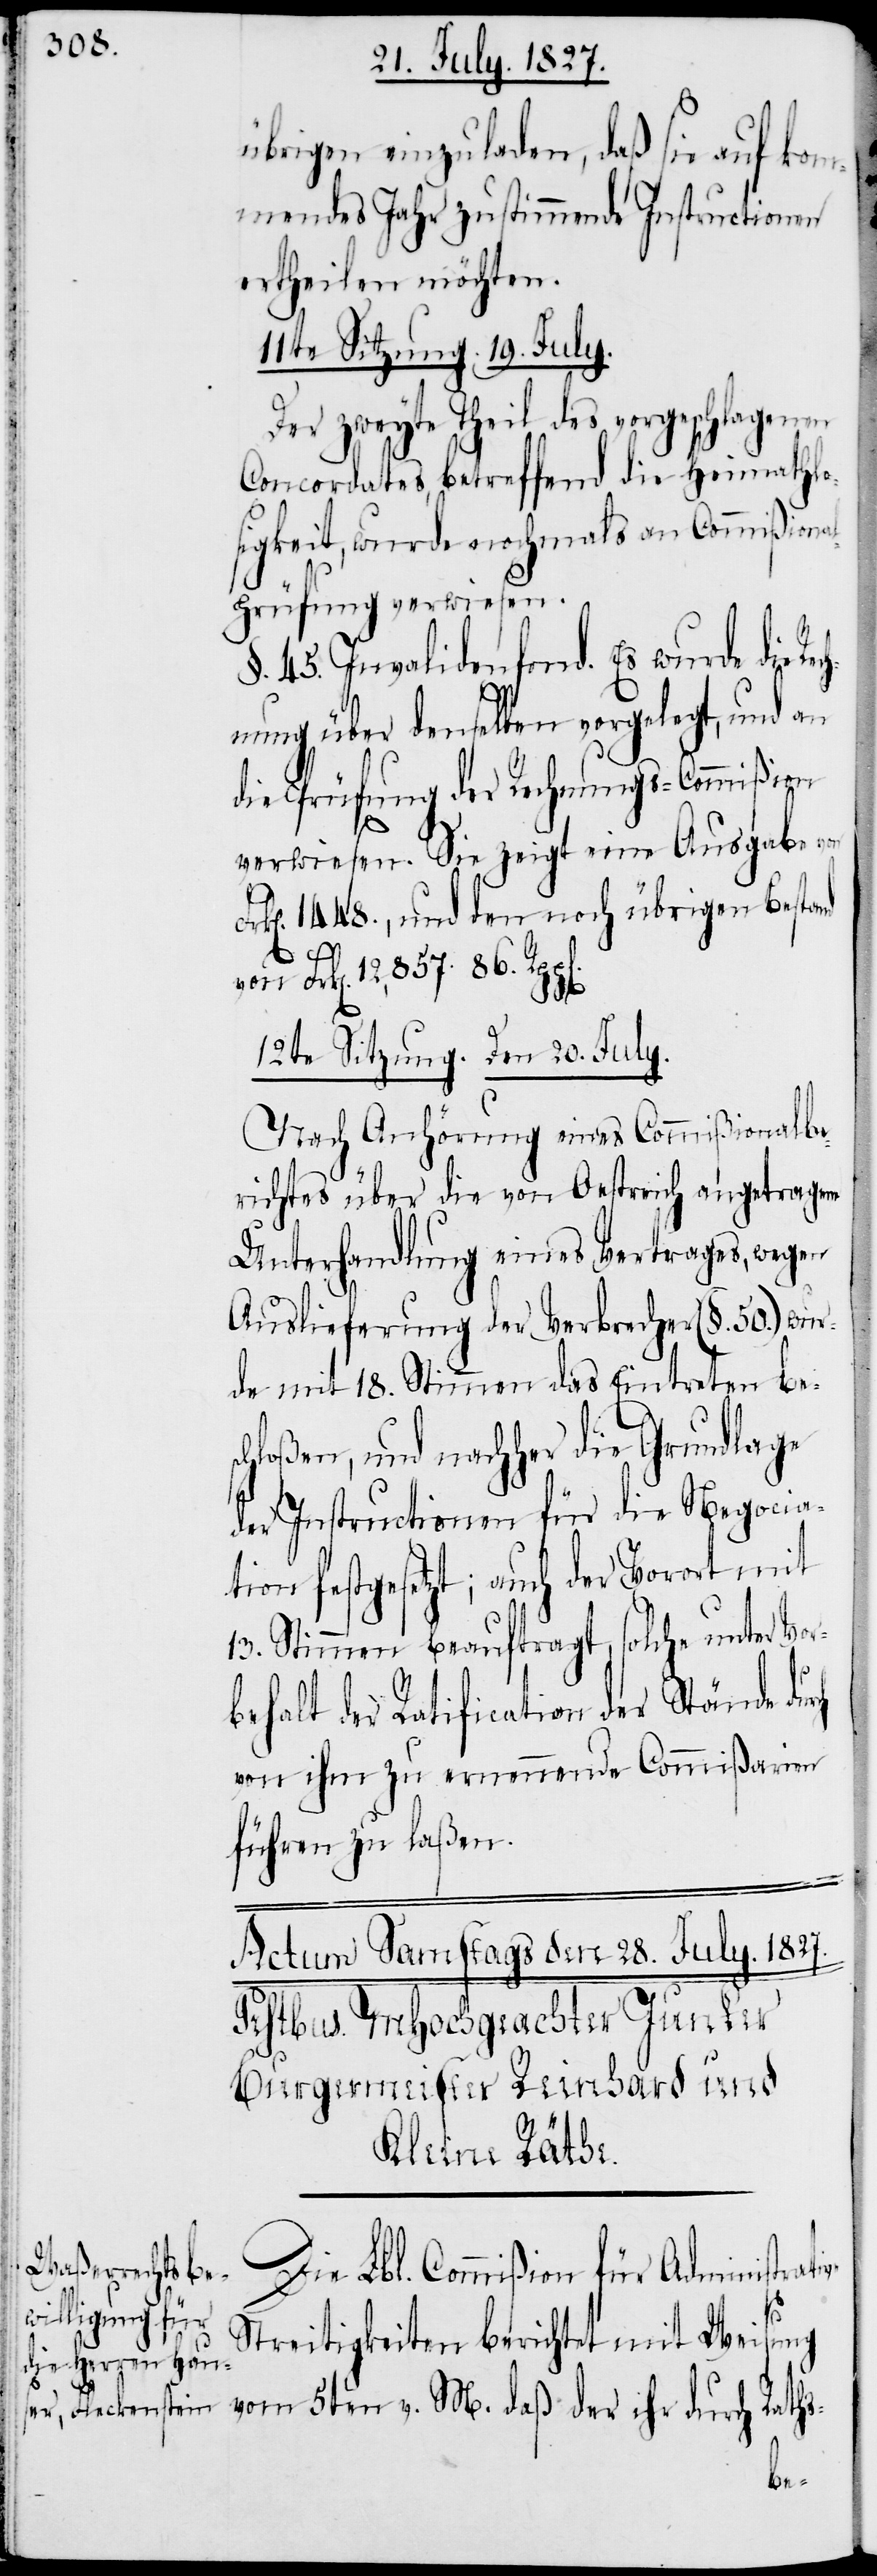
daß
Die Lbl. Commißion für Administrati¬
Streitigkeiten berichtet mit Weisung
der